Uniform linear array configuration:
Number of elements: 64
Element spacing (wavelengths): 1
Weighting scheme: kaiser
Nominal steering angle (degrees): -15
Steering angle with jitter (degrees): -15.228
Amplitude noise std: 0.05
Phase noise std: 0.05

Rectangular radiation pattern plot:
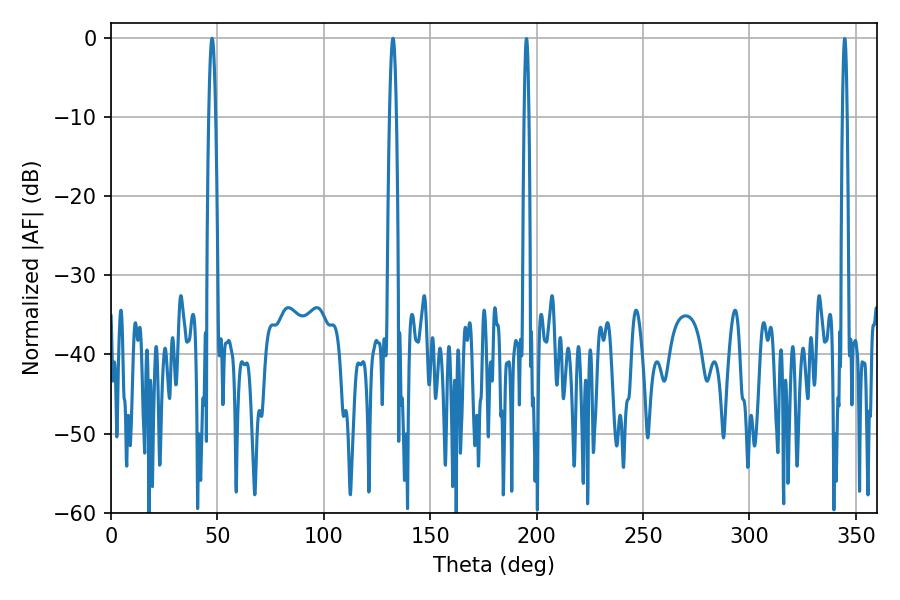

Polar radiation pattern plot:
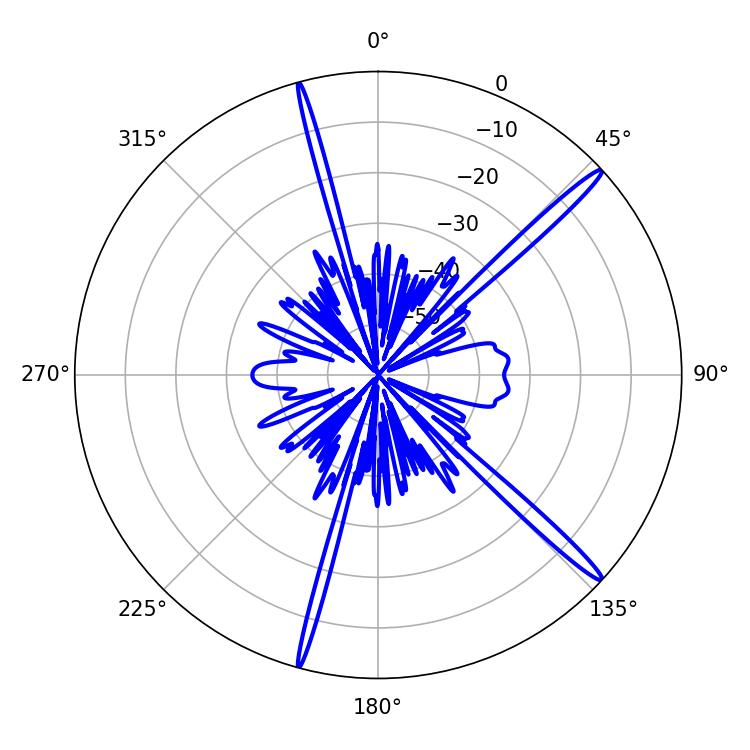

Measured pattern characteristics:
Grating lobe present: TRUE
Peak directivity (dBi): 17.194
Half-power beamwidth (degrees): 1.8
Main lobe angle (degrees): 47.52